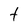
Character: T